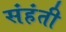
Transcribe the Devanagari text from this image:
संहंती